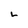
Character: L